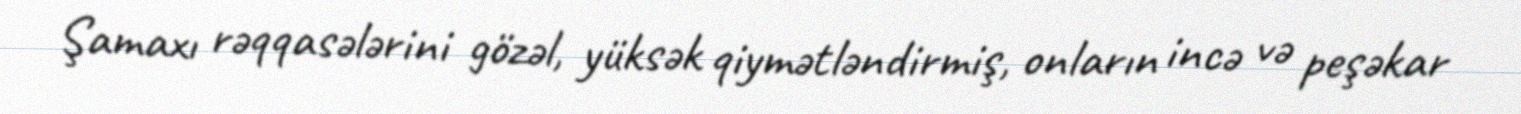
Şamaxı rəqqasələrini gözəl, yüksək qiymətləndirmiş, onların incə və peşəkar